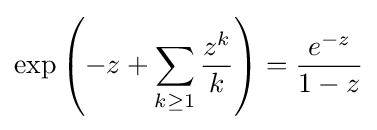
\exp \left(-z+\sum _{k\geq 1}{\frac {z^{k}}{k}}\right)={\frac {e^{-z}}{1-z}}